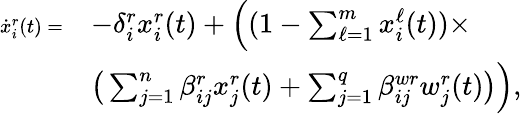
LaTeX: \begin{array}{rl}{\scriptsize\dot{x}_{i}^{r}(t)=}&{-\delta_{i}^{r}x_{i}^{r}(t)+\Big((1-\textstyle\sum_{\ell=1}^{m}x_{i}^{\ell}(t))\times}\\ &{\big(\textstyle\sum_{j=1}^{n}\beta_{ij}^{r}x_{j}^{r}(t)+\textstyle\sum_{j=1}^{q}\beta_{ij}^{wr}w_{j}^{r}(t)\big)\Big),}\end{array}